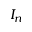
I _ { n }